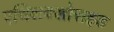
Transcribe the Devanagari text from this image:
एथिलक्लोराइड